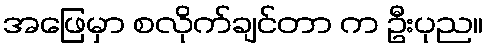
အဖြေမှာ စလိုက်ချင်တာ က ဦးပုည။